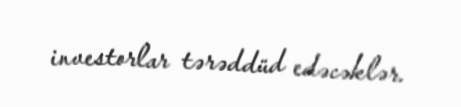
investorlar tərəddüd edəcəklər.